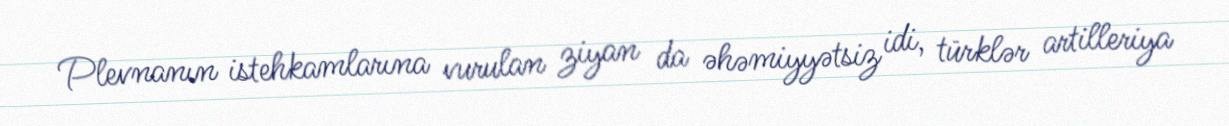
Plevnanın istehkamlarına vurulan ziyan da əhəmiyyətsiz idi, türklər artilleriya